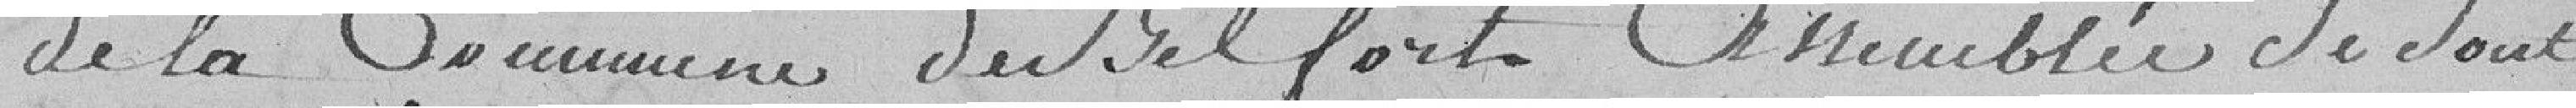
de la commune de Belfort assemblée, se sont